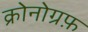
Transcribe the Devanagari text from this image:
क्रोनोग्रफ़